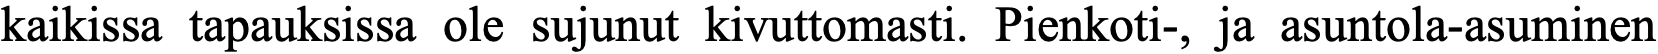
kaikissa tapauksissa ole sujunut kivuttomasti. Pienkoti-, ja asuntola-asuminen